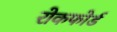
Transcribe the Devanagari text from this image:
रोकफोर्ड